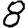
Digit: 8